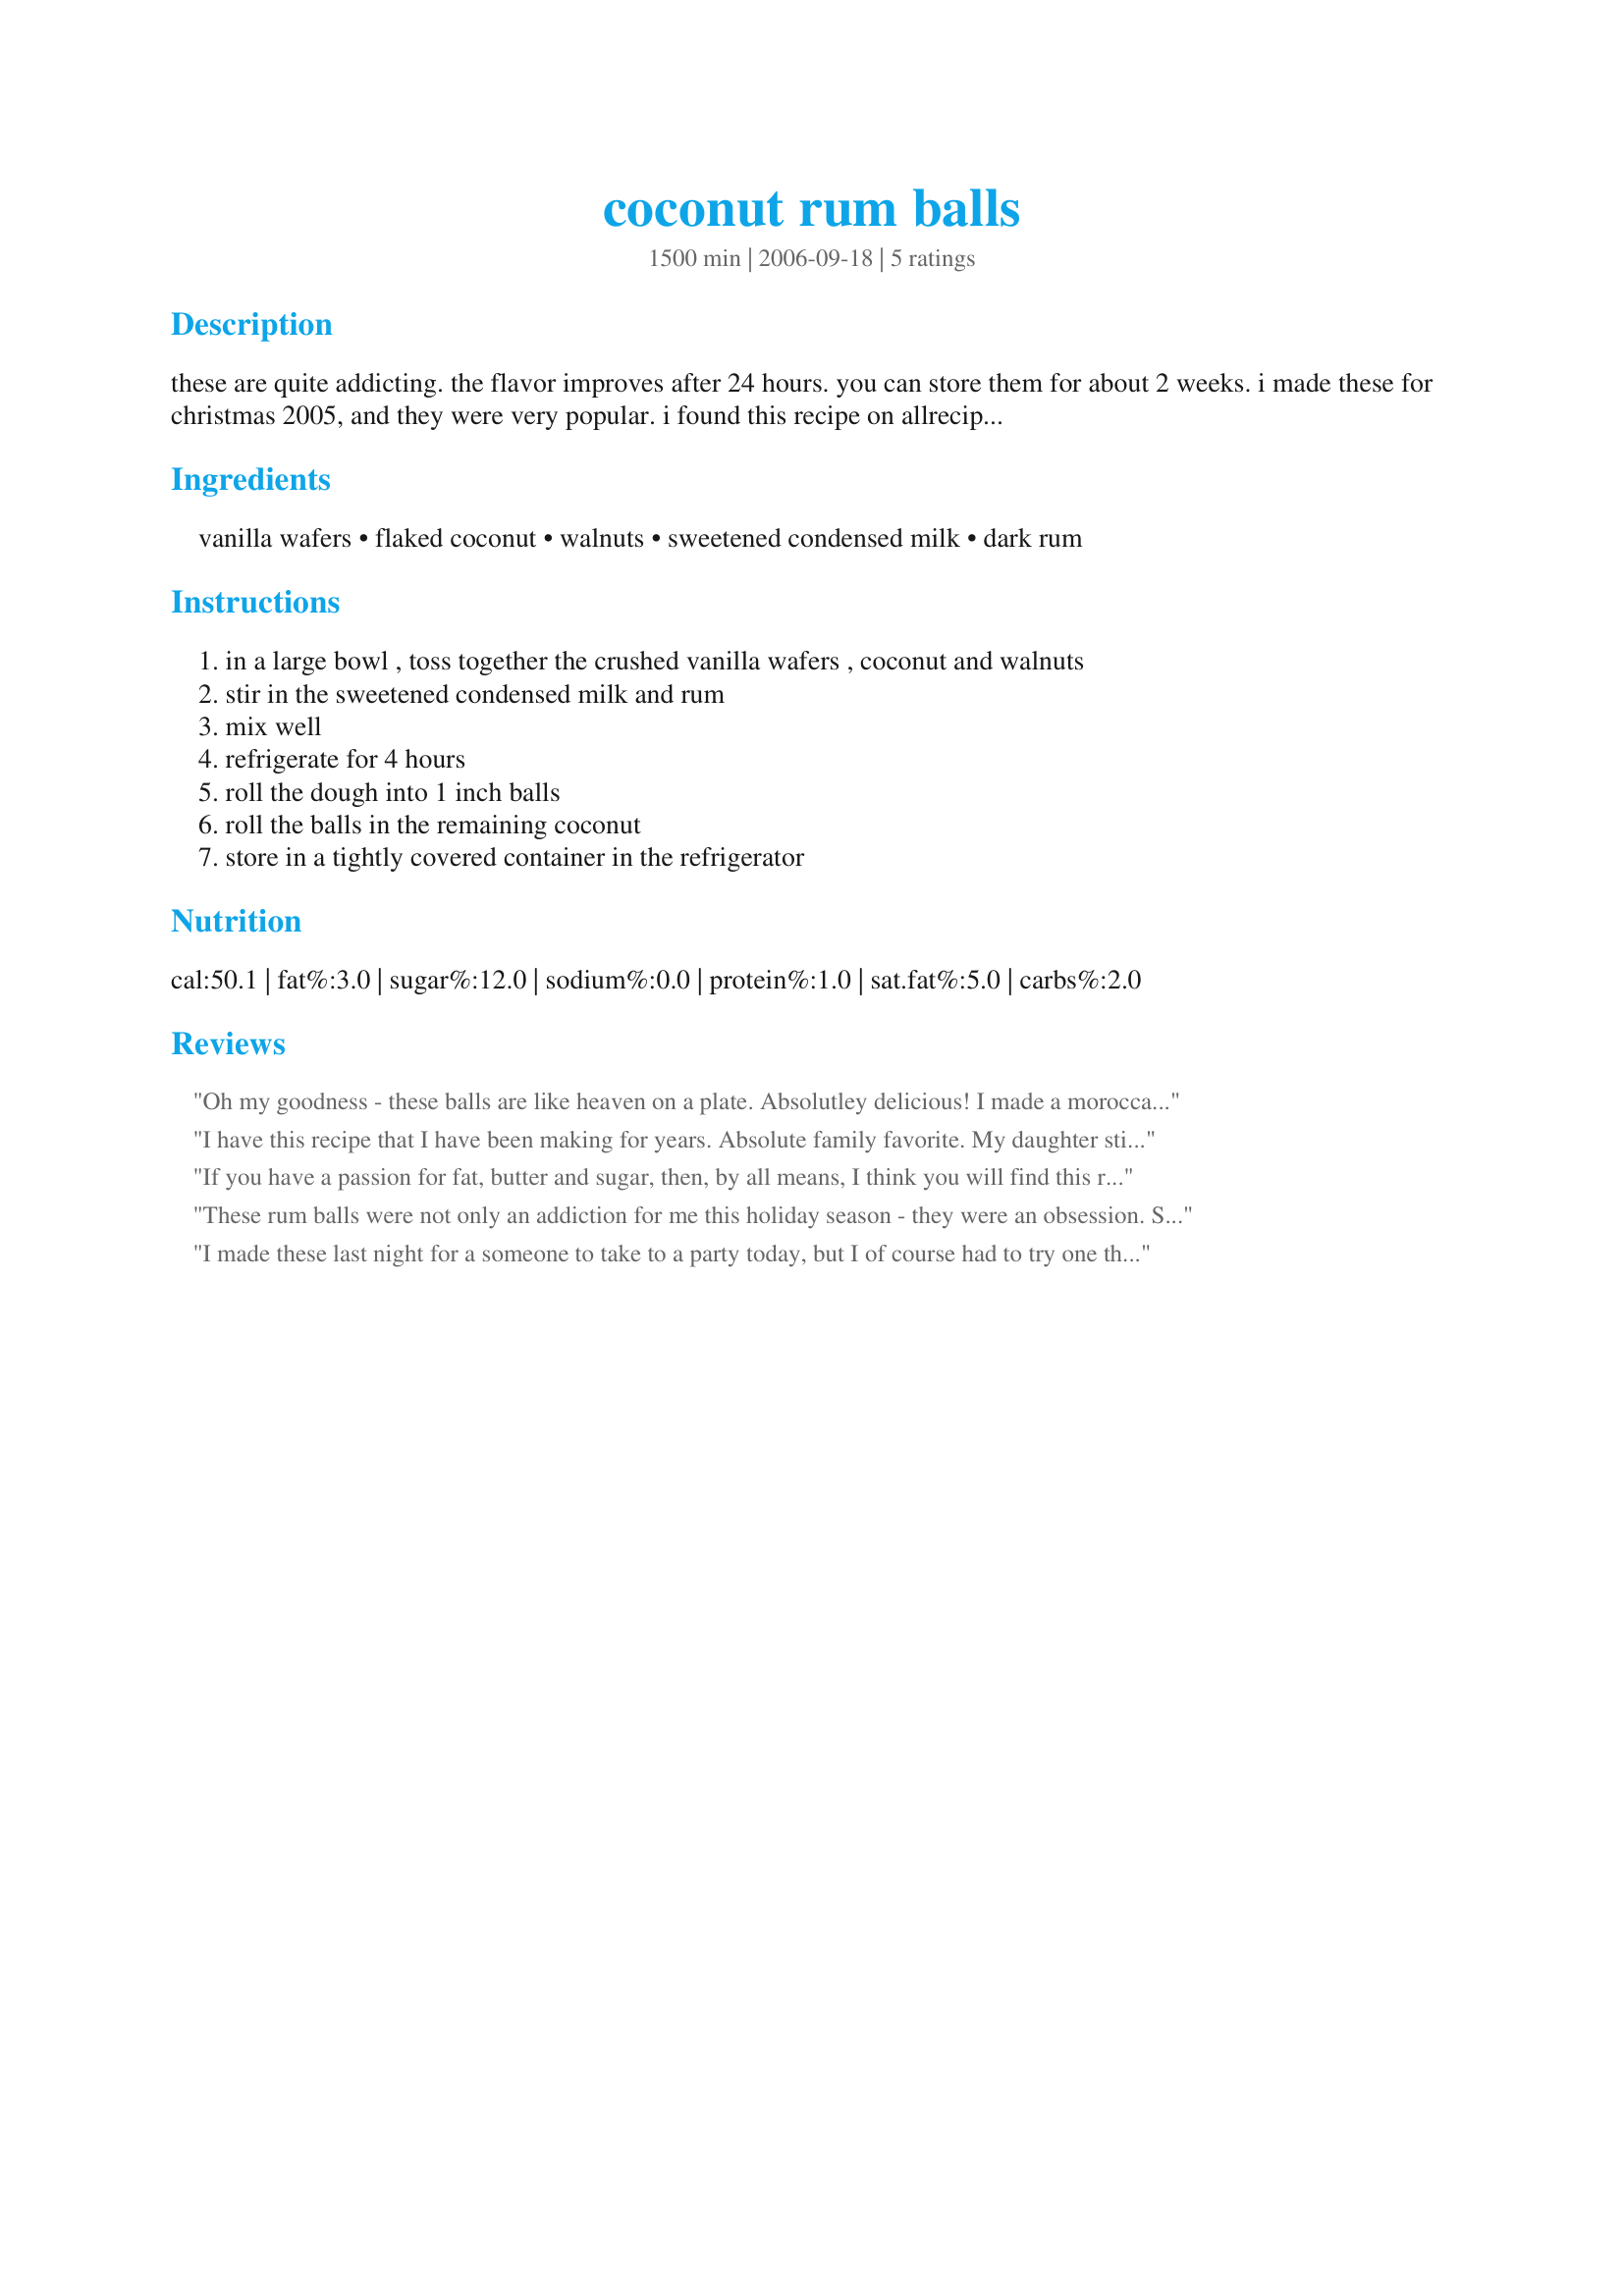
coconut rum balls
Preparation time: 1500 minutes

these are quite addicting. the flavor improves after 24 hours. you can store them for about 2 weeks. i made these for christmas 2005, and they were very popular. i found this recipe on allrecipes.com.

Ingredients:
vanilla wafers, flaked coconut, walnuts, sweetened condensed milk, dark rum

Steps:
in a large bowl , toss together the crushed vanilla wafers , coconut and walnuts, stir in the sweetened condensed milk and rum, mix well, refrigerate for 4 hours, roll the dough into 1 inch balls, roll the balls in the remaining coconut, store in a tightly covered container in the refrigerator

Reviews:
Oh my goodness - these balls are like heaven on a plate. Absolutley delicious! I made a moroccan themed dinner & was looking for something coconutty to have as a dessert - I made these and served them on a plate with balls of vanilla icecream (same size as coconut balls) and sprinkled chopped pistacchio nuts on top. It looked beautiful & taste amazing!
I have this recipe that I have been making for years. Absolute family favorite. My daughter still thinks they are the best Christmas cookie. I'm so glad it is here just in case I would lose my recipe. Thank you Scrivener1 for posting it.
If you have a passion for fat, butter and sugar, then, by all means, I think you will find this recipe appealing. However, I made three different batches of rum balls online and this was by far the worst. The actual making and presentation of the balls was easy and I followed the recipe to the letter-and I double checked I got everything right. It was basically condensed milk and coconut flavours which overpowered everything else, essentially they were sweet and fatty which may be good for the masses but definitely not good for a few friends and this recipe made 96! You would be far better off with a dash of lime in the recipe and substitute out most of the condensed milk to replace with something else less sweet. If you want to go out of your way to make really nice rum balls then I wouldn't recommend this one, however, if you need something sweet for a large function then I would recommend. Personally, they just tasted to basic for me and I had too much!
These rum balls were not only an addiction for me this holiday season - they were an obsession. So delicious! I stored them in a cool place for little over a week before eating and the rum flavour had mellowed beautifully. I would use a little less rum the next time though (maybe 100 ml rather than 120 ml?): these were just a touch too soft even after refrigeration. Could be a function of my vanilla wafers or other dry ingredients too, and anyway, it's a tiny detail in a wonderful recipe! Thank you for sharing!
I made these last night for a someone to take to a party today, but I of course had to try one this morning when I was done making them and they are great! I plan on making these again
